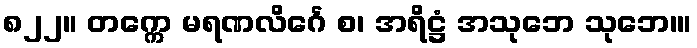
၈၂၂။ တက္ကေ မရဏလိင်္ဂေ စ၊ အရိဋ္ဌံ အသုဘေ သုဘေ၊။